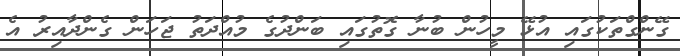
ގޭންގްތަކުގައި އުޅޭ މީހުން ބުނާ ގޮތުގައި ބަންދުގެ މުއްދަތު ޖަހަން ގެންދާއިރު އެ